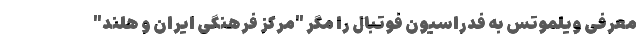
معرفی ویلموتس به فدراسیون فوتبال را مگر "مرکز فرهنگی ایران و هلند"